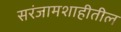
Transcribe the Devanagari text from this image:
सरंजामशाहीतील